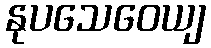
နုပသေဝေယျ